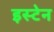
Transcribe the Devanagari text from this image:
इस्टेन